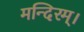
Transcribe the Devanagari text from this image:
मन्दिरम्।